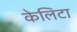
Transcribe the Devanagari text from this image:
केलिटा